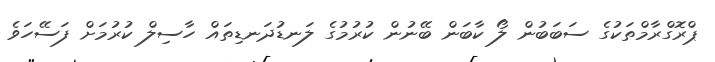
ޕްރޮގްރާމްތަކުގެ ސަބަބުން ލޯ ކާބަން ބޭނުން ކުރުމުގެ ލަނޑުދަނޑިތައް ހާސިލް ކުރުމަށް ފަސޭހަވެ